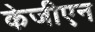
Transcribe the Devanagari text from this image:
केजीएन